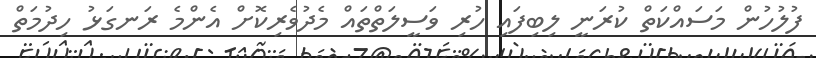
ފުލުހުން މަސައްކަތް ކުރަނީ ލިބިފައި ހުރި ވަސީލަތްތައް މެދުވެރިކޮށް އެންމެ ރަނގަޅު ހިދުމަތް